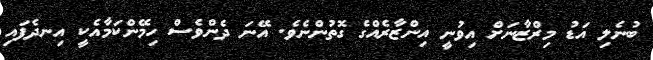
ބުނެލި އަޑު މިރްޒާނަށް އިވުނީ އިންޒާރެއްގެ ގޮތުންނެވެ. އޭނަ ދެންވެސް ހިމޭންކަމާއެކީ އިނދެފައި